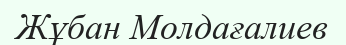
Жұбан Молдағалиев